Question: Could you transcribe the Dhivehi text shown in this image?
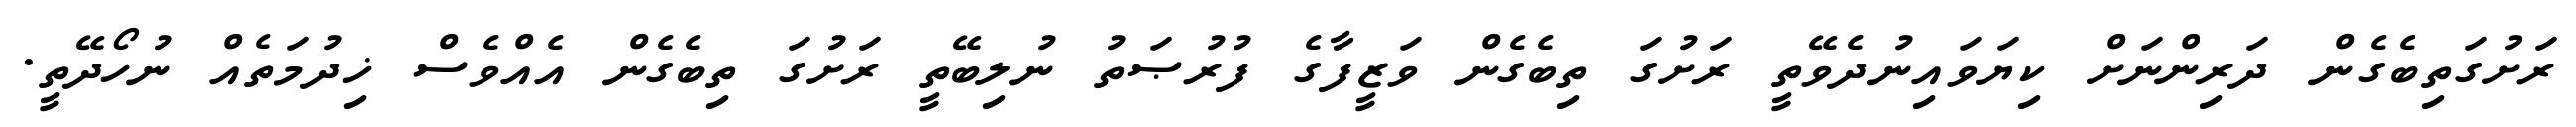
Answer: ރަށުގަތިބެގެން ދަރިންނަށް ކިޔަވައިނުދެވޭތީ ރަށުގަ ތިބެގެން ވަޒީފާގެ ފުރުޞަތު ނުލިބޭތީ ރަށުގަ ތިބެގެން އެއްވެސް ޚިދުމަތެއް ނުހޯދޭތީ.